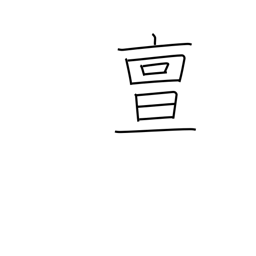
Meaning: truly